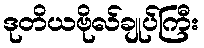
ဒုတိယဗိုလ်ချုပ်ကြီး